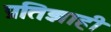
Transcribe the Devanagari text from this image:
प्रतिज्ञाही